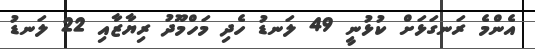
އެންމެ ރަނގަޅަށް ކުޅުނީ 49 ލަނޑު ހެދި މަހްމޫދު ރިޔާޒާއި 22 ލަނޑު